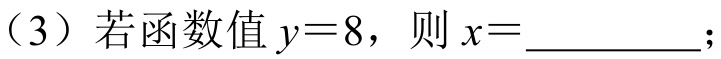
（3）若函数值\(y = 8\)，则\(x=\underline{\quad\quad}\)；